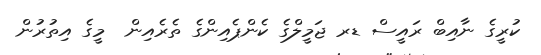
ކުރީގެ ނާއިބް ރައީސް ޑރ ޖަމީލްގެ ކެންޕެއިންގެ ތެރެއިން  މީގެ އިތުރުން